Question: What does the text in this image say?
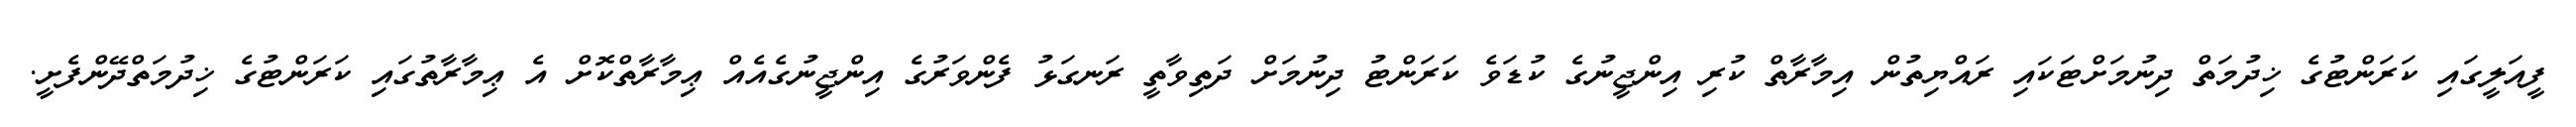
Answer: ފީއަލީގައި ކަރަންޓުގެ ޚިދުމަތް ދިނުމަށްޓަކައި ރައްޔިތުން އިމާރާތް ކުރި އިންޖީނުގެ ކުޑަވެ ކަރަންޓު ދިނުމަށް ދަތިވާތީ ރަނގަޅު ފެންވަރުގެ އިންޖީނުގެއެއް ޢިމާރާތްކޮށް އެ ޢިމާރާތުގައި ކަރަންޓުގެ ޚިދުމަތްދޭންފެށީ.